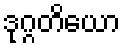
ဒုဂ္ဂတိယော